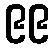
၉၉